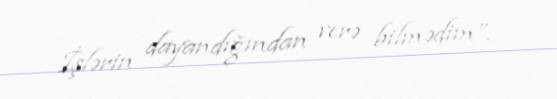
İşlərin dayandığından verə bilmədim”.